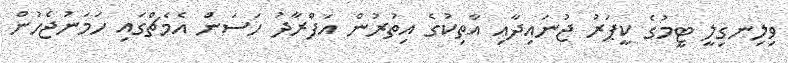
ވިލިނގިލީ ޓީމުގެ ކީޕަރު ޖުނައިދާއި އާތިކުގެ އިތުރުން އަފްރާދު ހަސަން އެމެޗްގައި ހަމަނުޖެހުން